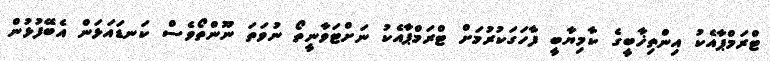
ޓްރަމްޕާއެކު އިންތިޚާބީގެ ކާމިޔާބީ ފާހަގަކުރުމަށް ޓްރަމްޕާއެކު ނަށްޓަވާނީތޯ ނުވަތަ ނޫންތޯވެސް ކަނޑައަޅަން އެބޭފުޅުން